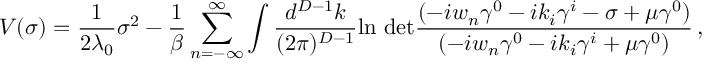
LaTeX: V ( \sigma ) = \frac { 1 } { 2 \lambda _ { 0 } } \sigma ^ { 2 } - \frac { 1 } { \beta } \sum _ { n = - \infty } ^ { \infty } \int \frac { d ^ { D - 1 } k } { ( 2 \pi ) ^ { D - 1 } } \mathrm { l n ~ d e t } \frac { ( - i w _ { n } \gamma ^ { 0 } - i k _ { i } \gamma ^ { i } - \sigma + \mu \gamma ^ { 0 } ) } { ( - i w _ { n } \gamma ^ { 0 } - i k _ { i } \gamma ^ { i } + \mu \gamma ^ { 0 } ) } \, ,